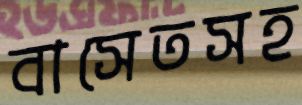
বাসেতসহ